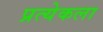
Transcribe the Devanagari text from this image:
प्रत्येकला